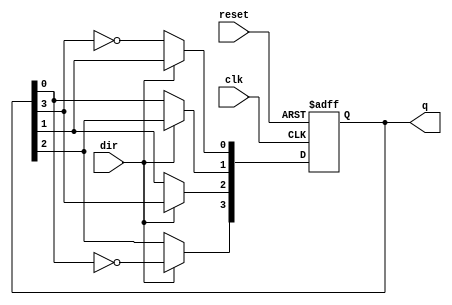
module Bidirectional_Johnson_Counter (
    input wire clk,                // Clock input
    input wire reset,              // Asynchronous reset input
    input wire dir,                // Direction control input (1 for up, 0 for down)
    output reg [3:0] q             // Counter output (4-bit)
);

    // Always block triggered on clock and reset
    always @(posedge clk or posedge reset) begin
        if (reset) begin
            // Asynchronous reset
            q <= 4'b0000;           // Reset counter to 0
        end else begin
            if (dir) begin
                // Counting Up (Johnson Counter behavior)
                q[3] <= ~q[0];      // Feedback from last flip-flop to first
                q[2] <= q[3];       // Shift values
                q[1] <= q[2];
                q[0] <= q[1];
            end else begin
                // Counting Down (Reverse Johnson Counter behavior)
                q[0] <= ~q[3];      // Feedback from first flip-flop to last
                q[1] <= q[0];       // Shift values
                q[2] <= q[1];
                q[3] <= q[2];
            end
        end
    end

endmodule